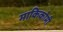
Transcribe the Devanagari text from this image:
माकिकोमी